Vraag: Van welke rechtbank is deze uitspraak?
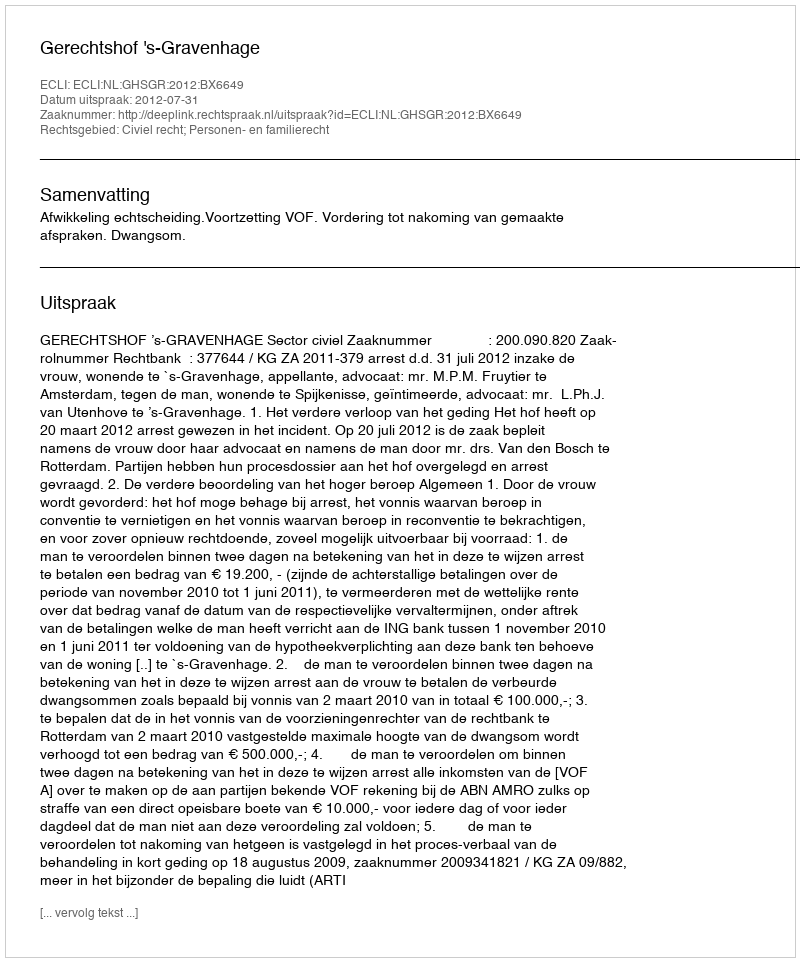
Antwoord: Gerechtshof 's-Gravenhage